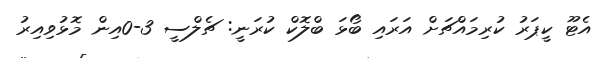
އެޓޫ ކީޕަރު ކުރިމައްޗަށް އަރައި ބޯޅަ ބްލޮކް ކުރަނީ: ޗެލްސީ 3-0އިން މޮޅުވިއިރު